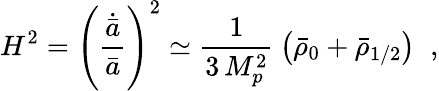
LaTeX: H^{2}=\left(\frac{\dot{\bar{a}}}{\bar{a}}\right)^{2}\simeq\frac{1}{3\, M_{p}^{2}}\: \left(\bar{\rho}_{0}+\bar{\rho}_{1/2}\right)\; \; ,